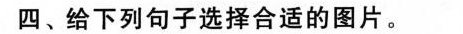
四、给下列句子选择合适的图片.